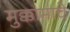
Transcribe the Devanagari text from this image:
मुक्कामाचे